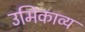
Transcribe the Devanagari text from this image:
उर्मिकाव्य